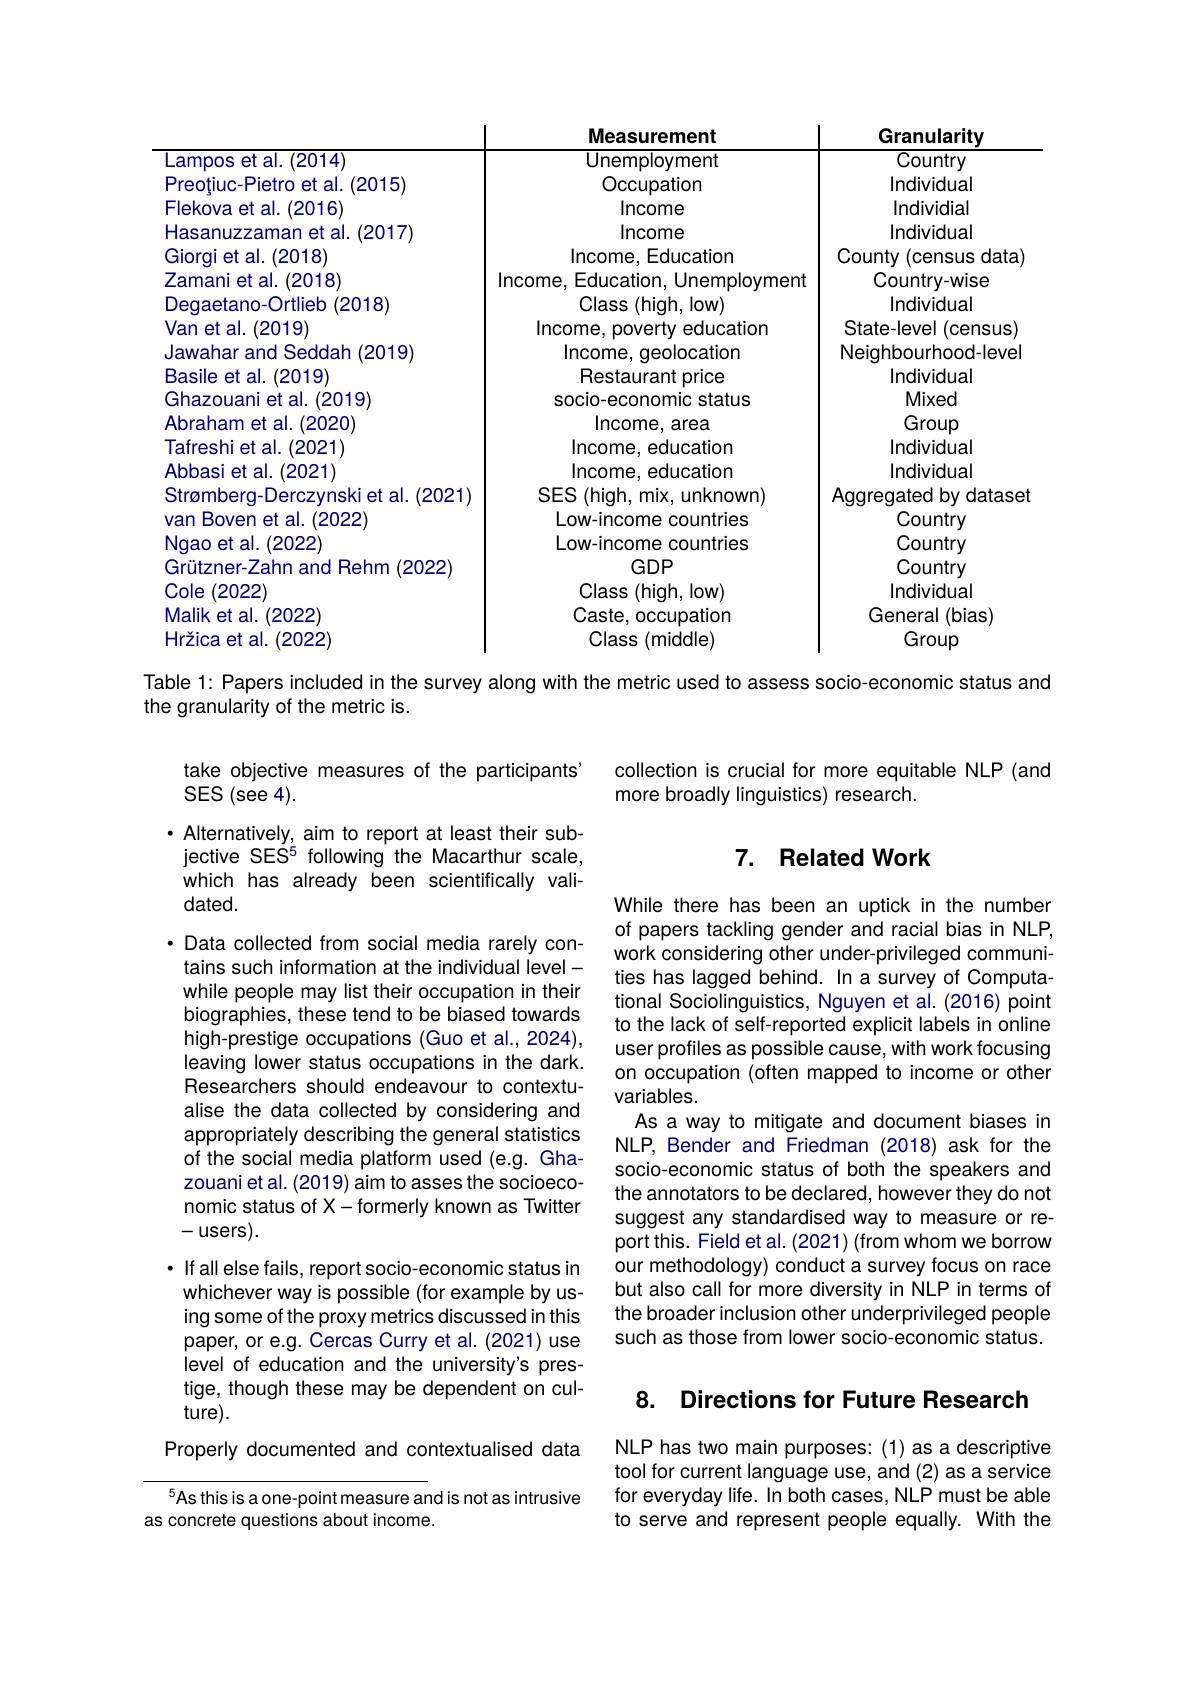
<table>
	<tbody>
		<tr>
			<th> </th>
			<th>Measurement</th>
			<th>Granularity</th>
		</tr>
		<tr>
			<td>Lampos et al. (2014)</td>
			<td>Unemployment</td>
			<td>Country</td>
		</tr>
		<tr>
			<td>Preotiuc-Pietro et al. .(2015)</td>
			<td>Occupation</td>
			<td>Individual</td>
		</tr>
		<tr>
			<td>Flekova et al. .(2016)</td>
			<td>Income</td>
			<td>Individial</td>
		</tr>
		<tr>
			<td>Hasanuzzaman et al. 1.(2017)</td>
			<td>Income</td>
			<td>Individual</td>
		</tr>
		<tr>
			<td>Giorgi et al. (2018)</td>
			<td>Income, Education</td>
			<td>County (census T $data)$</td>
		</tr>
		<tr>
			<td>Zamani et al. (2018)</td>
			<td>Income, Education, Unemployment</td>
			<td>Country-wise</td>
		</tr>
		<tr>
			<td>Deqaetano-Ortlieb (2018</td>
			<td>Class(high,low)</td>
			<td>Individual</td>
		</tr>
		<tr>
			<td>Van et al. .(2019)</td>
			<td>Income, poverty education</td>
			<td>State-level $(census)$</td>
		</tr>
		<tr>
			<td>Jawahar and Seddah (2019)</td>
			<td>Income, geolocation</td>
			<td>Neiqhbourhood-level</td>
		</tr>
		<tr>
			<td>Basile et al. (2019) 1</td>
			<td>Restaurant price</td>
			<td>Individual</td>
		</tr>
		<tr>
			<td>Ghazouani et al. . (2019</td>
			<td>socio-economic status</td>
			<td>Mixed</td>
		</tr>
		<tr>
			<td>Abraham et al. (2020)</td>
			<td>Income, area</td>
			<td>Group</td>
		</tr>
		<tr>
			<td>Tafreshi et al. .(2021)</td>
			<td>Income, education</td>
			<td>Individual</td>
		</tr>
		<tr>
			<td>Abbasi et al. .(2021)</td>
			<td>Income, education</td>
			<td>Individual</td>
		</tr>
		<tr>
			<td>Strømberq-Derczynski et al. (2021)</td>
			<td>SES (high, mix, unknown)</td>
			<td>Aggregated by dataset</td>
		</tr>
		<tr>
			<td>van Boven et al. (2022</td>
			<td>Low-income countries</td>
			<td>Country</td>
		</tr>
		<tr>
			<td>Ngao et al. (2022</td>
			<td>Low-income countries</td>
			<td>Country</td>
		</tr>
		<tr>
			<td>Grützner-Zahn and Rehm 1(2022</td>
			<td>$GDP$</td>
			<td>Country</td>
		</tr>
		<tr>
			<td>Cole (2022)</td>
			<td>Class(high,low)</td>
			<td>Individual</td>
		</tr>
		<tr>
			<td>Malik et al. (2022</td>
			<td>Caste, occupation</td>
			<td>General (bias)</td>
		</tr>
		<tr>
			<td>Hržica et al. (2022)</td>
			<td>Class (middle)</td>
			<td>Group</td>
		</tr>
	</tbody>
</table>
Table 1: Papers included in the survey along with the metric used to assess socio-economic status and

the granularity of the metric is.

take objective measures of the participants'
collection is crucial for more equitable NLP (and
SES (see 4).
more broadly linguistics) research.

## 7. Related Work

$\cdot$ Alternatively, aim to report at least their subjective SES$^5$ following the Macarthur scale, which has already been scientifically vali- $dated.$

While there has been an uptick in the number of papers tackling gender and racial bias in NLP, work considering other under-privileged communities has lagged behind. In a survey of Computational Sociolinguistics, Nguyen et al. (2016) point to the lack of self-reported explicit labels in online user profiles as possible cause, with work focusing on occupation (often mapped to income or other variables.
As a way to mitigate and document biases in NLP, Bender and Friedman (2018) ask for the socio-economic status of both the speakers and the annotators to be declared, however they do not suggest any standardised way to measure or report this. Field et al. (2021) (from whom we borrow our methodology) conduct a survey focus on race but also call for more diversity in NLP in terms of the broader inclusion other underprivileged people such as those from lower socio-economic status.

·Data collected from social media rarely contains such information at the individual levelwhile people may list their occupation in their biographies, these tend to be biased towards high-prestige occupations (Guo et al., 2024), leaving lower status occupations in the dark. Researchers should endeavour to contextualise the data collected by considering and appropriately describing the general statistics of the social media platform used (e.g. Ghazouani et al. (2019) aim to asses the socioeconomic status of X-formerly known as Twitter $-users).$
· If all else fails, report socio-economic status in whichever way is possible (for example by using some of the proxy metrics discussed in this paper, or e.g. Cercas Curry et al. (2021) use level of education and the university's prestige, though these may be dependent on culture).
Properly documented and contextualised data $^{5}$As this is a one-point measure and is not as intrusive

## 8. Directions for Future Research

NLP has two main purposes: (1) as a descriptive tool for current language use, and (2) as a service for everyday life. In both cases, NLP must be able to serve and represent people equally. With the

as concrete questions about income.